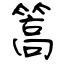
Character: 篙